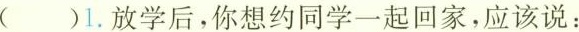
( )1.放学后，你想约同学一起回家，应该说：